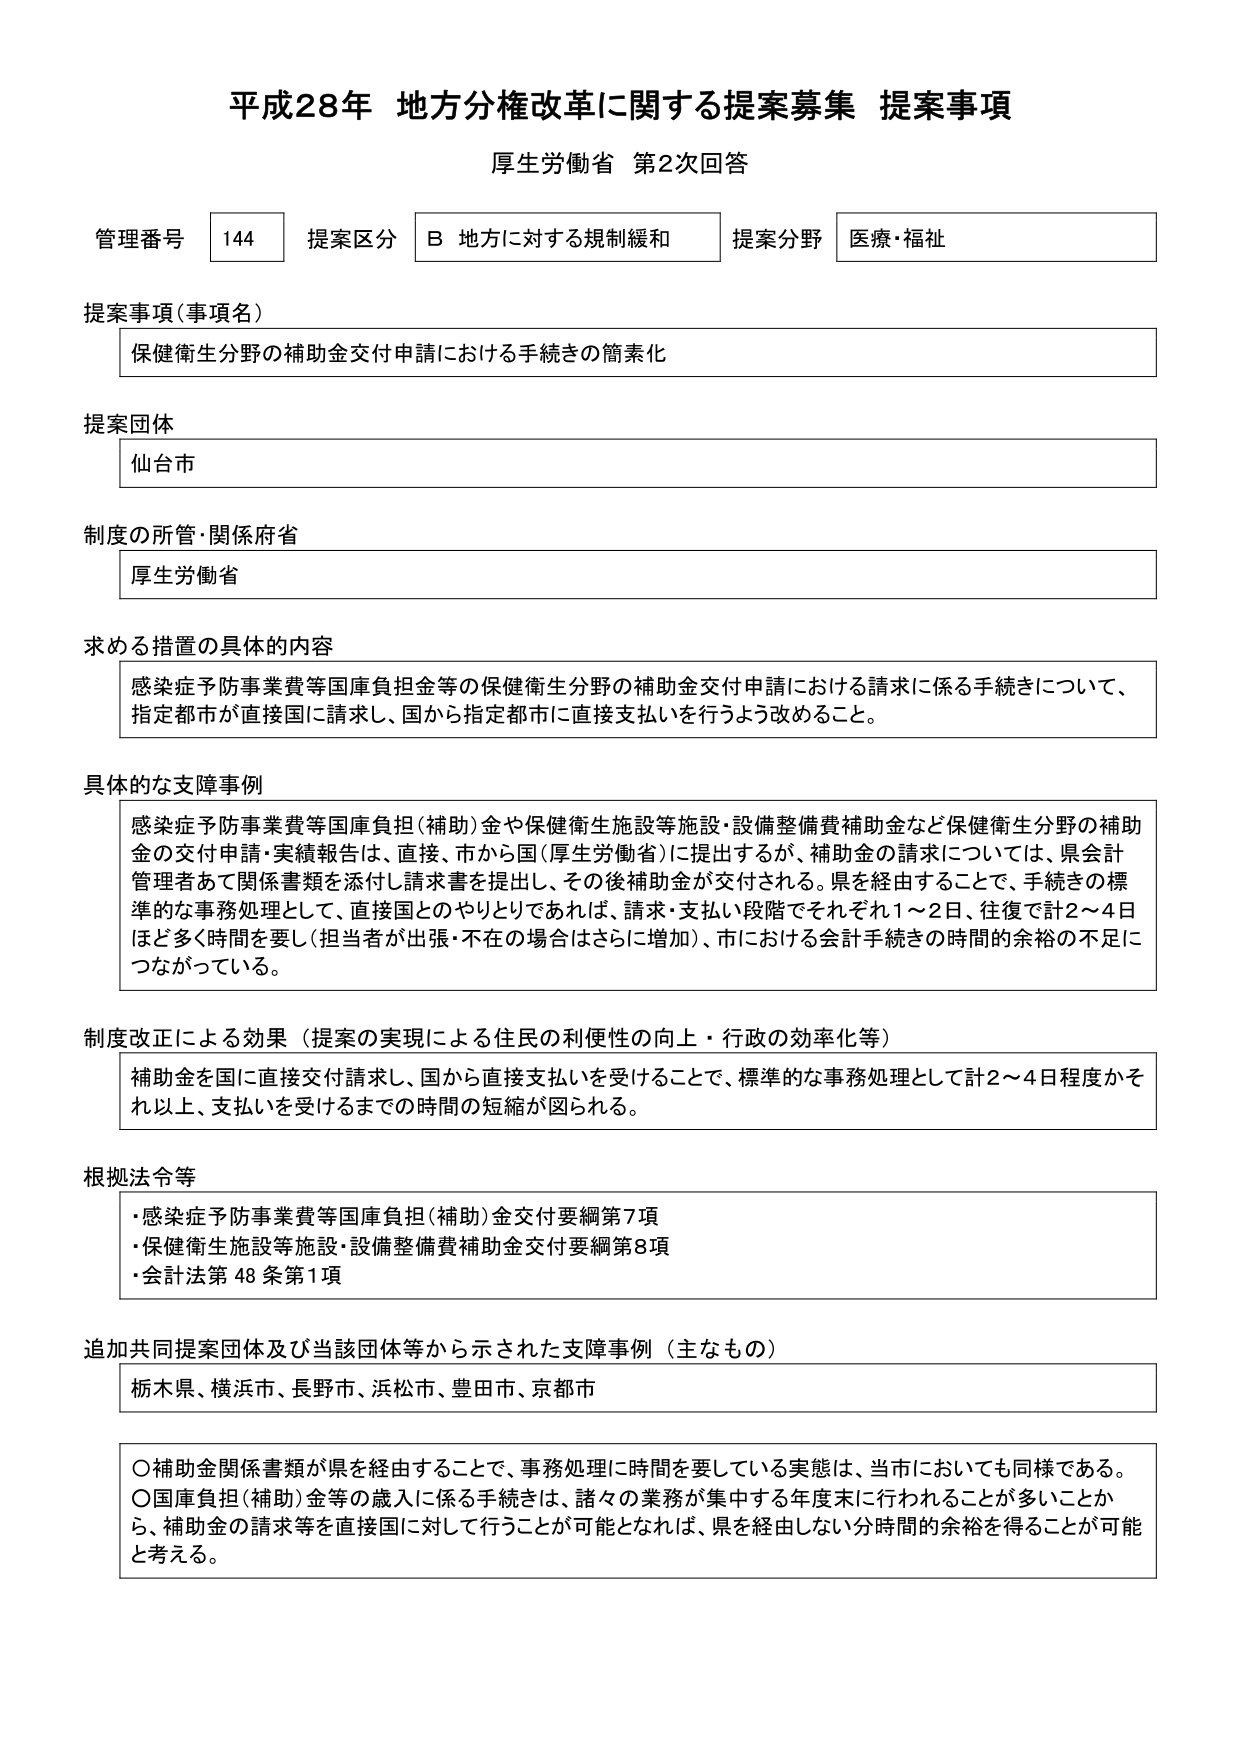
平成28年 地方分権改革に関する提案募集 提案事項
厚生労働省 第2次回答

管理番号 144 提案区分 B 地方に対する規制緩和 提案分野 医療・福祉

提案事項（事項名）
保健衛生分野の補助金交付申請における手続きの簡素化

提案団体
仙台市

制度の所管・関係府省
厚生労働省

求める措置の具体的内容
感染症予防事業費等国庫負担金等の保健衛生分野の補助金交付申請における請求に係る手続きについて、
指定都市が直接国に請求し、国から指定都市に直接支払いを行うよう改めること。

具体的な支障事例
感染症予防事業費等国庫負担（補助）金や保健衛生施設等施設・設備整備費補助金など保健衛生分野の補助
金の交付申請・実績報告は、直接、市から国（厚生労働省）に提出するが、補助金の請求については、県会計
管理者あて関係書類を添付し請求書を提出し、その後補助金が交付される。県を経由することで、手続きの標
準的な事務処理として、直接国とのやりとりであれば、請求・支払い段階でそれぞれ1～2日、往復で計2～4日
ほど多く時間を要し（担当者が出張・不在の場合はさらに増加）、市における会計手続きの時間的余裕の不足に
つながっている。

制度改正による効果（提案の実現による住民の利便性の向上・行政の効率化等）
補助金を国に直接交付請求し、国から直接支払いを受けることで、標準的な事務処理として計2～4日程度かそ
れ以上、支払いを受けるまでの時間の短縮が図られる。

根拠法令等
・感染症予防事業費等国庫負担（補助）金交付要綱第7項
・保健衛生施設等施設・設備整備費補助金交付要綱第8項
・会計法第48条第1項

追加共同提案団体及び当該団体等から示された支障事例（主なもの）
栃木県、横浜市、長野市、浜松市、豊田市、京都市

〇補助金関係書類が県を経由することで、事務処理に時間を要している実態は、当市においても同様である。
〇国庫負担（補助）金等の歳入に係る手続きは、諸々の業務が集中する年度末に行われることが多いことか
ら、補助金の請求等を直接国に対して行うことが可能となれば、県を経由しない分時間的余裕を得ることが可能
と考える。